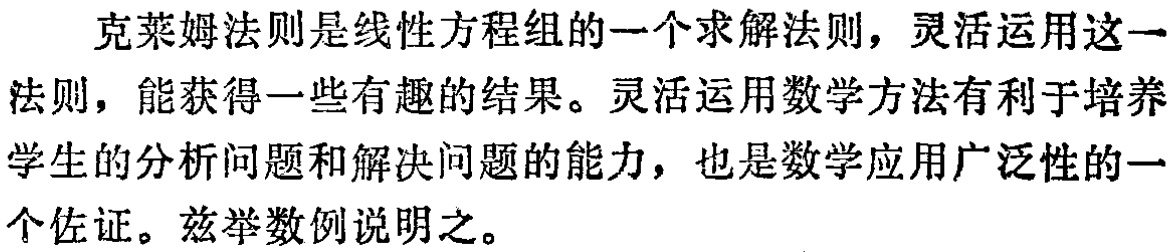
克莱姆法则是线性方程组的一个求解法则，灵活运用这一法则，能获得一些有趣的结果。灵活运用数学方法有利于培养学生的分析问题和解决问题的能力，也是数学应用广泛性的一个佐证。兹举数例说明之。